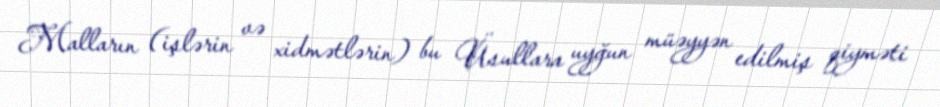
Malların (işlərin və xidmətlərin) bu Üsullara uyğun müəyyən edilmiş qiyməti